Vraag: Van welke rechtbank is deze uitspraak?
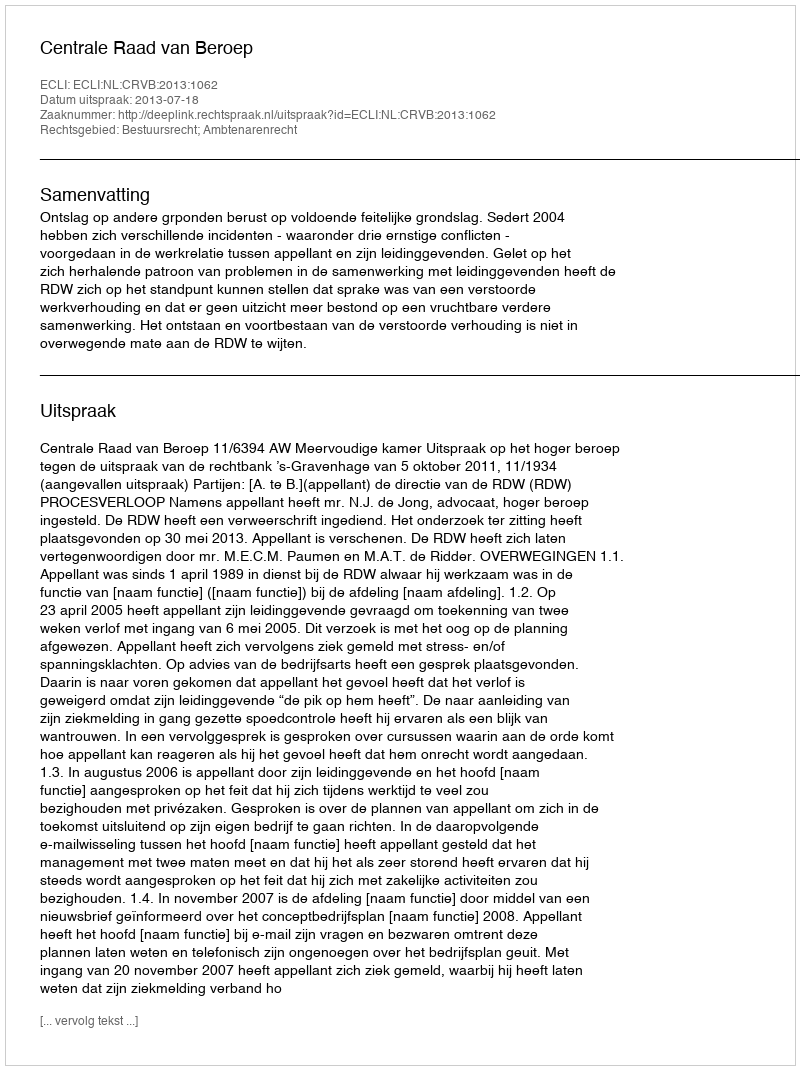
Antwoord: Centrale Raad van Beroep